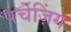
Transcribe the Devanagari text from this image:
पर्चेज़िंग